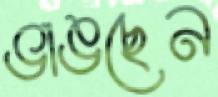
ভাঙছেন